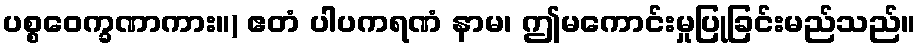
ပစ္စဝေက္ခဏာကား။) ဧတံ ပါပကရဏံ နာမ၊ ဤမကောင်းမှုပြုခြင်းမည်သည်။